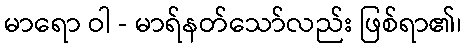
မာရော ဝါ - မာရ်နတ်သော်လည်း ဖြစ်ရာ၏၊